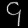
Digit: ၄